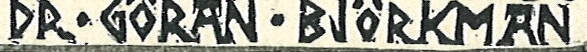
DR GORAN BJORKMRN